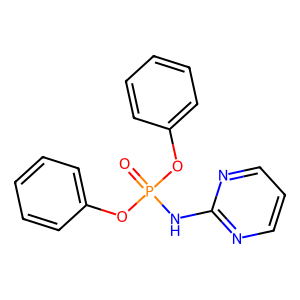
SMILES: O=P(Nc1ncccn1)(Oc1ccccc1)Oc1ccccc1
Inhibits HIV replication: No